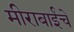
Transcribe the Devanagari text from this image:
मीराबाईंचे